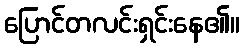
ပြောင်တလင်းရှင်းနေ၏။